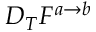
D _ { T } F ^ { a \rightarrow b }